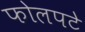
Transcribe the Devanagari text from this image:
फोलपटे